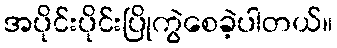
အပိုင်းပိုင်းပြိုကွဲစေခဲ့ပါတယ်။